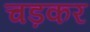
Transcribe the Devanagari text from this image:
चड़कर